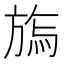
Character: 𣄊